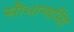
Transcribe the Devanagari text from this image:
सौभाग्यसिंह